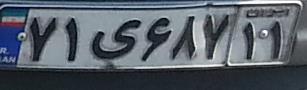
۷۱ی۶۸۷۱۱